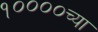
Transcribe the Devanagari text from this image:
१००००च्या